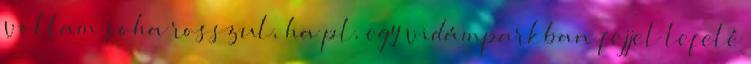
voltam soha rosszul, ha pl. egy vidámparkban fejjel lefelé